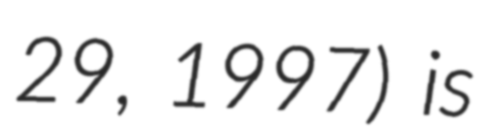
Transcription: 29, 1997) is